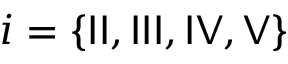
i = \{ { \sf I I } , { \sf I I I } , { \sf I V } , { \sf V } \}